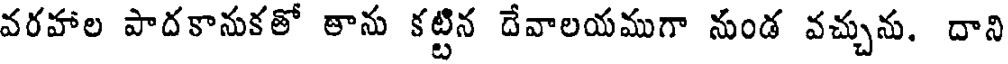
వరహాల పాదకానుకతో తాను కట్టిన దేవాలయముగా నుండ వచ్చును. దాని